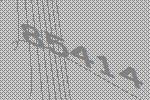
85414